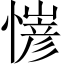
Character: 𢢋